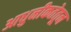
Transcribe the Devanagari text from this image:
आधुनीकतेतून